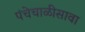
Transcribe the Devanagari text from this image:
पंचेचाळीसावा